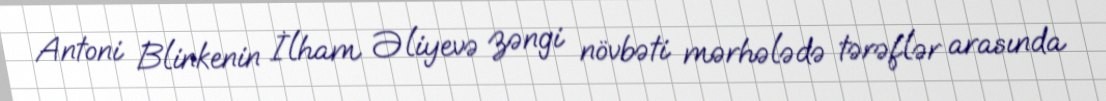
Antoni Blinkenin İlham Əliyevə zəngi növbəti mərhələdə tərəflər arasında